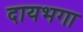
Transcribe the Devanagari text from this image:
दायभगा